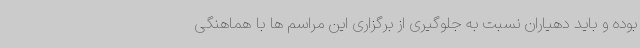
بوده و باید دهیاران نسبت به جلوگیری از برگزاری این مراسم ها با هماهنگی